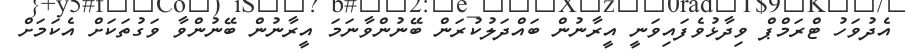
އެދުވަހު ޓްރަމްޕް ވިދާޅުވެފައިވަނީ އީރާނުން ބައްދަލުކުރަން ބޭނުންވާނަމަ އީރާނުން ބޭނުންވާ ވަގުތަކަށް އެކަމަށް